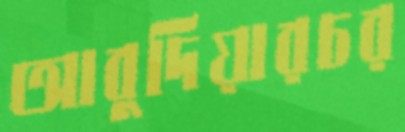
আবুদিয়ারচর